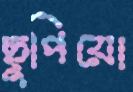
ছুপিয়ো